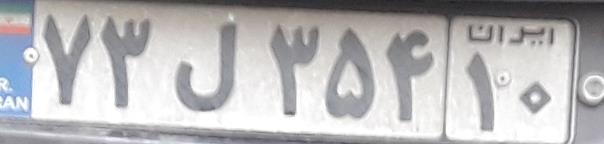
۷۳ل۳۵۴۱۰